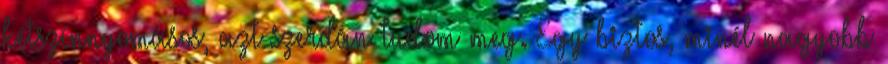
kétszínnyomásos, azt szerdán tudom meg. Egy biztos, minél nagyobb